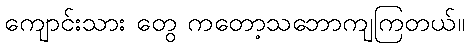
ကျောင်းသား တွေ ကတော့သဘောကျကြတယ်။